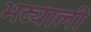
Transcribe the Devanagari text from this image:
भट्याली